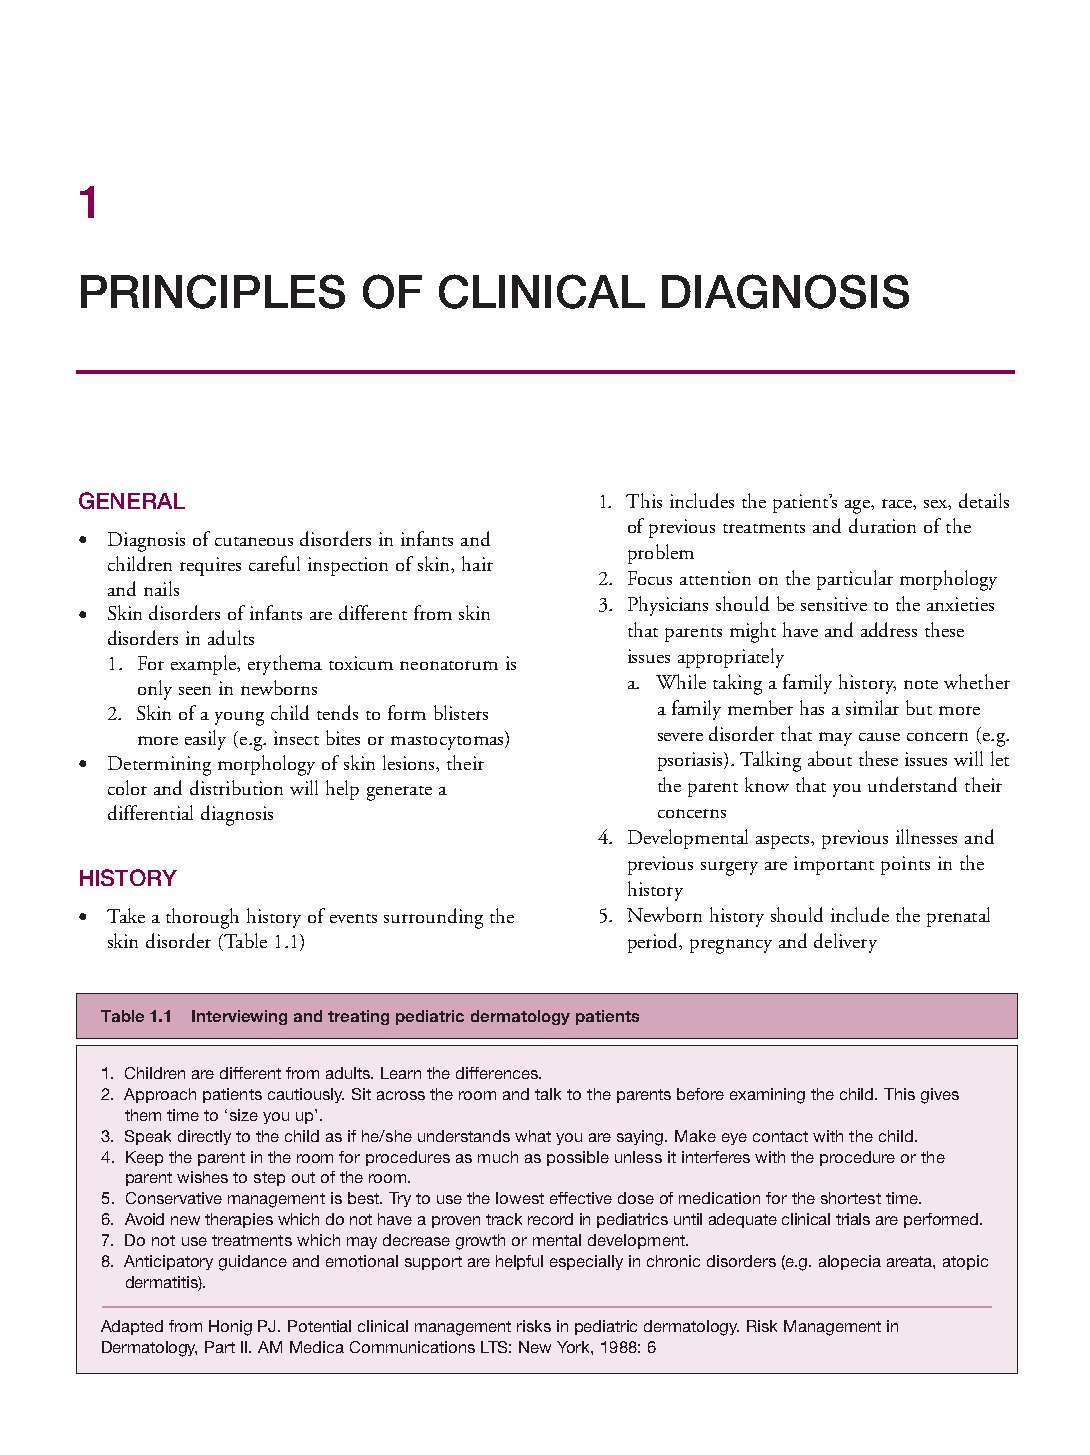
Mallory Chapter 01 27/1/05 1:18 pm Page 1
 1
 PRINCIPLES         OF   CLINICAL       DIAGNOSIS
 GENERAL                            1. This includes the patient’s age, race, sex, details
 of previous treatments and duration of the
 • Diagnosis of cutaneous disorders in infants and
 problem
 children requires careful inspection of skin, hair
 2. Focus attention on the particular morphology
 and nails
 3. Physicians should be sensitive to the anxieties
 • Skin disorders of infants are different from skin
 that parents might have and address these
 disorders in adults
 issues appropriately
 1. For example, erythema toxicum neonatorum is
 a. While taking a family history, note whether
 only seen in newborns
 2. Skin of a young child tends to form blisters a family member has a similar but more
 more easily (e.g. insect bites or mastocytomas) severe disorder that may cause concern (e.g.
 • Determining morphology of skin lesions, their psoriasis). Talking about these issues will let
 color and distribution will help generate a the parent know that you understand their
 differential diagnosis              concerns
 4. Developmental aspects, previous illnesses and
 previous surgery are important points in the
 HISTORY
 history
 • Take a thorough history of events surrounding the 5. Newborn history should include the prenatal
 skin disorder (Table 1.1)         period, pregnancy and delivery
 Table 1.1 Interviewing and treating pediatric dermatology patients
 1. Children are different from adults. Learn the differences.
 2. Approach patients cautiously. Sit across the room and talk to the parents before examining the child. This gives
 them time to ‘size you up’.
 3. Speak directly to the child as if he/she understands what you are saying. Make eye contact with the child.
 4. Keep the parent in the room for procedures as much as possible unless it interferes with the procedure or the
 parent wishes to step out of the room.
 5. Conservative management is best. Try to use the lowest effective dose of medication for the shortest time.
 6. Avoid new therapies which do not have a proven track record in pediatrics until adequate clinical trials are performed.
 7. Do not use treatments which may decrease growth or mental development.
 8. Anticipatory guidance and emotional support are helpful especially in chronic disorders (e.g. alopecia areata, atopic
 dermatitis).
 Adapted from Honig PJ. Potential clinical management risks in pediatric dermatology. Risk Management in
 Dermatology, Part II. AM Medica Communications LTS: New York, 1988: 6